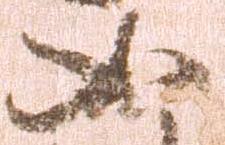
如